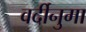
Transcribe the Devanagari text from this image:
वर्दीनुमा